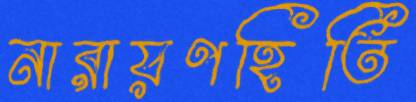
নারায়ণহিতি